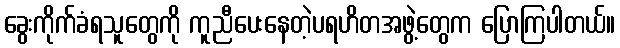
ခွေးကိုက်ခံရသူတွေကို ကူညီပေးနေတဲ့ပရဟိတအဖွဲ့တွေက ပြောကြပါတယ်။